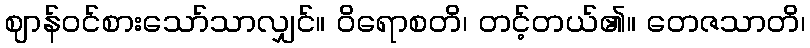
ဈာန်ဝင်စားသော်သာလျှင်။ ဝိရောစတိ၊ တင့်တယ်၏။ တေဇသာတိ၊